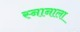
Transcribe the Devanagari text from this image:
स्नानाला